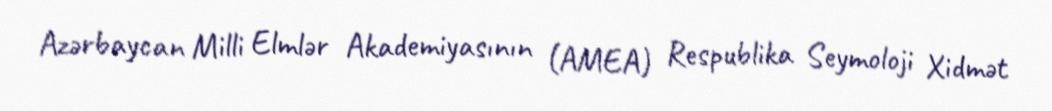
Azərbaycan Milli Elmlər Akademiyasının (AMEA) Respublika Seymoloji Xidmət